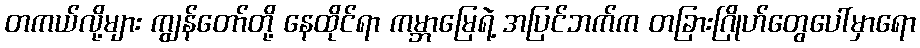
တကယ်လို့များ ကျွန်တော်တို့ နေထိုင်ရာ ကမ္ဘာမြေရဲ့ အပြင်ဘက်က တခြားဂြိုဟ်တွေပေါ်မှာရော